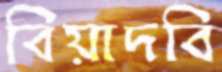
বিয়াদবি